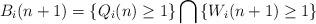
LaTeX: \begin{align*}B_i(n+1) = \left\{Q_i(n) \geq 1\right\} \bigcap \left\{W_i(n+1) \geq 1\right\}\end{align*}